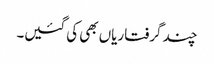
چند گرفتاریاں بھی کی گئیں۔